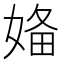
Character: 𡞕